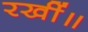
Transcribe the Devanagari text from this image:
रखीं॥